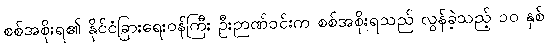
စစ်အစိုးရ၏ နိုင်ငံခြားရေးဝန်ကြီး ဦးဉာဏ်ဝင်းက စစ်အစိုးရသည် လွန်ခဲ့သည့် ၁၀ နှစ်